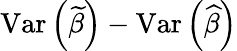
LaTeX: \operatorname{Var}\left({\widetilde{\beta}}\right)-\operatorname{Var}\left({\widehat{\beta}}\right)